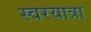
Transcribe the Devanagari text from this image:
स्वरयात्रा